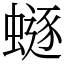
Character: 𧏿